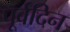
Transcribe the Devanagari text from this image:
पूर्वदिन